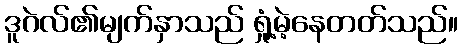
ဒူဂဲလ်၏မျက်နှာသည် ရှုံ့မဲ့နေတတ်သည်။